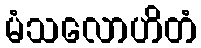
မံသလောဟိတံ